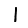
Digit: 1